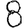
Digit: 8